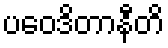
ပဝေဒိတာနီတိ